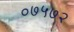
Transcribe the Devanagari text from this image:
०७५७२